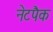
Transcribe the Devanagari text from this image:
नेटपैक